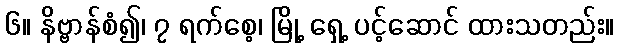
၆။ နိဗ္ဗာန်စံ၍၊ ၇ ရက်စေ့၊ မြို့ ရှေ့ ပင့်ဆောင် ထားသတည်း။